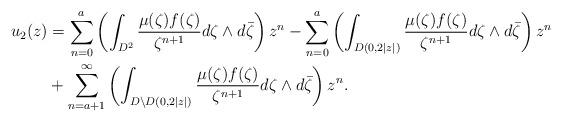
LaTeX: \begin{align*}u_2(z)&=\sum_{n=0}^a\left( \int_{D^2}\frac{\mu(\zeta)f(\zeta)}{\zeta^{n+1}}d\zeta\wedge d\bar{\zeta}\right)z^n-\sum_{n=0}^{a}\left(\int_{D(0,2|z|)}\frac{\mu(\zeta)f(\zeta)}{\zeta^{n+1}}d\zeta\wedge d\bar{\zeta}\right)z^n\\&+\sum_{n=a+1}^{\infty}\left(\int_{D\setminus D(0,2|z|)}\frac{\mu(\zeta)f(\zeta)}{\zeta^{n+1}}d\zeta\wedge d\bar{\zeta}\right)z^n.\end{align*}